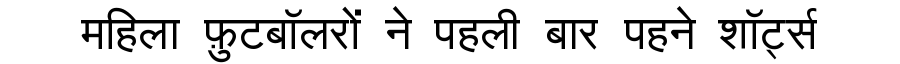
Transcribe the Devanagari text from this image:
महिला फ़ुटबॉलरों ने पहली बार पहने शॉर्ट्स